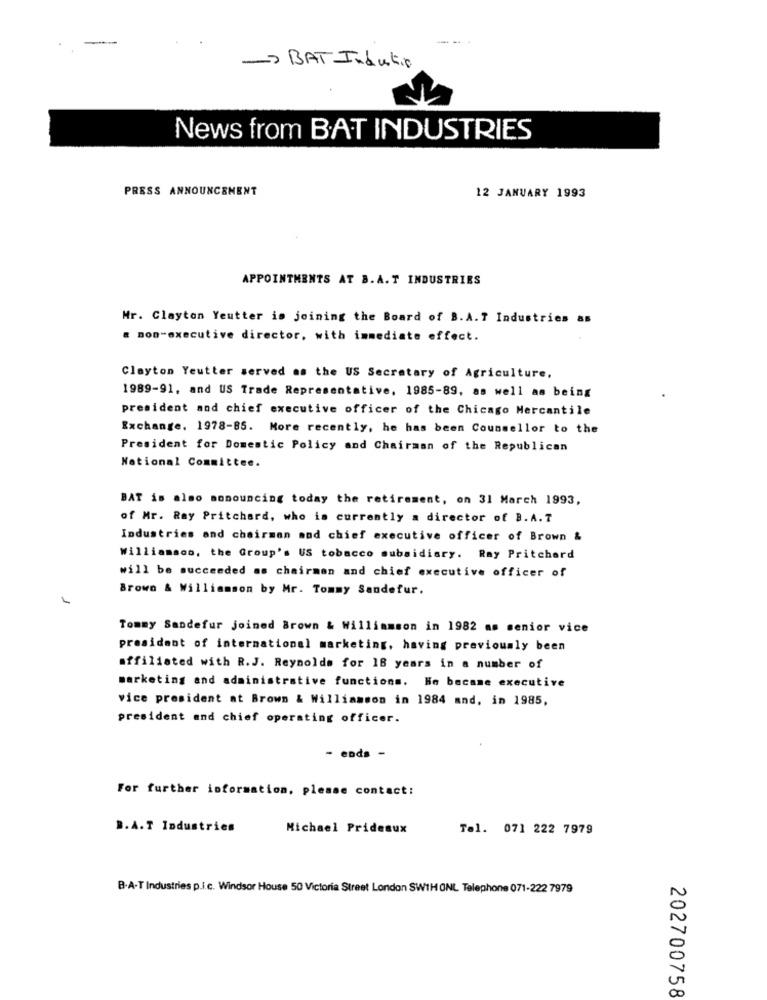
-> BAT Indutivo
News from BAT INDUSTRIES
PRESS ANNOUNCEMENT
12 JANUARY 1993
APPOINTMENTS AT B.A. T INDUSTRIES
Mr. Clayton Yeutter is joining the Board of B.A.T Industries 85
a non-executive director, with immediate effect.
Clayton Yeutter served as the US Secretary of Agriculture,
1989-91, and US Trade Representative, 1985-89, as well as being
president and chief executive officer of the Chicago Mercantile
Exchange. 1978-85. More recently, he has been Counsellor to the
President for Domestic Policy and Chairman of the Republican
National Committee.
BAT is also monouncing today the retirement, on 31 March 1993,
of Mr. Ray Pritchard, who is currently a director of B.A. T
Industries and chairman and chief executive officer of Brown &
Williamson, the Group's US tobacco subsidiary. Ray Pritchard
will be succeeded as chairman and chief executive officer of
Brown & Williamson by Mr. Tommy Sandefur.
Tommy Sandefur joined Brown & Williamson in 1982 am senior vice
president of international marketing, having previously been
affiliated with R.J. Reynolds for 18 years in a number of
marketing and administrative functions. He became executive
vice president at Brown & Williamson in 1984 and, in 1985,
president and chief operating officer.
- ends -
For further information, please contact:
B.A.T Industries
Michael Prideaux
Tel. 071 222 7979
B-A-T Industries p.i.c. Windsor House 50 Victoria Street London SW1H ONL Telephone 071-222 7979
202700758